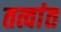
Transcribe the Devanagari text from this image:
तत्वांत